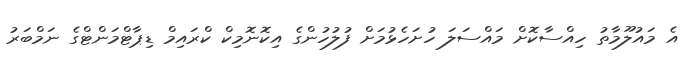
އެ މައުލޫމާތު ހިއްސާކޮށް މައްސަލަ ހުށަހެޅުމަށް ފުލުހުންގެ އިކޮނޮމިކް ކްރައިމް ޑިޕާޓްމަންޓްގެ ނަމްބަރު